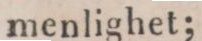
menlighet;